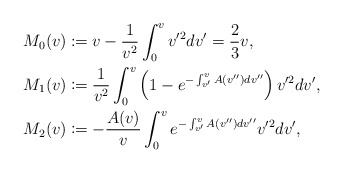
\begin{align*} M_{0}(v)&\coloneqq v-\frac{1}{v^2}\int_0^vv'^2dv'=\frac{2}{3}v,\\ M_{1}(v)&\coloneqq \frac{1}{v^2}\int_0^v\left(1-e^{-\int_{v'}^vA(v'')dv''}\right)v'^2dv',\\ M_{2}(v)&\coloneqq -\frac{A(v)}{v}\int_0^ve^{-\int_{v'}^vA(v'')dv''}v'^2dv',\end{align*}